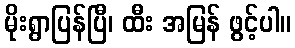
မိုးရွာပြန်ပြီ၊ ထီး အမြန် ဖွင့်ပါ။